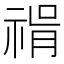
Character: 𥚝